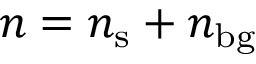
n = n _ { \mathrm { s } } + n _ { \mathrm { b g } }